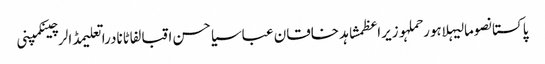
پاکستانصومالیہلاہورحملہوزیراعظمشاہد خاقان عباسیاحسن اقبالفاٹانادراتعلیمڈالرچینکمپنی